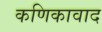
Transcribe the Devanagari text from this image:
कणिकावाद